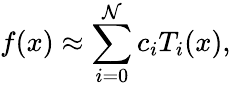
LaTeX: f(x)\approx\sum_{i=0}^{\mathcal{N}}c_{i}T_{i}(x),